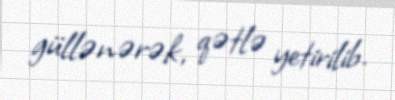
güllənərək, qətlə yetirilib.